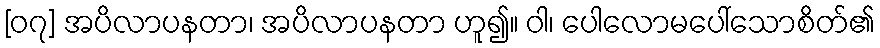
[၀၇] အပိလာပနတာ၊ အပိလာပနတာ ဟူ၍။ ဝါ၊ ပေါလောမပေါ်သောစိတ်၏